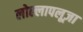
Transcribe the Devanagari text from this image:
लोल्लापलूज़ा